Rules and regulations of the Bombay Veterinary College
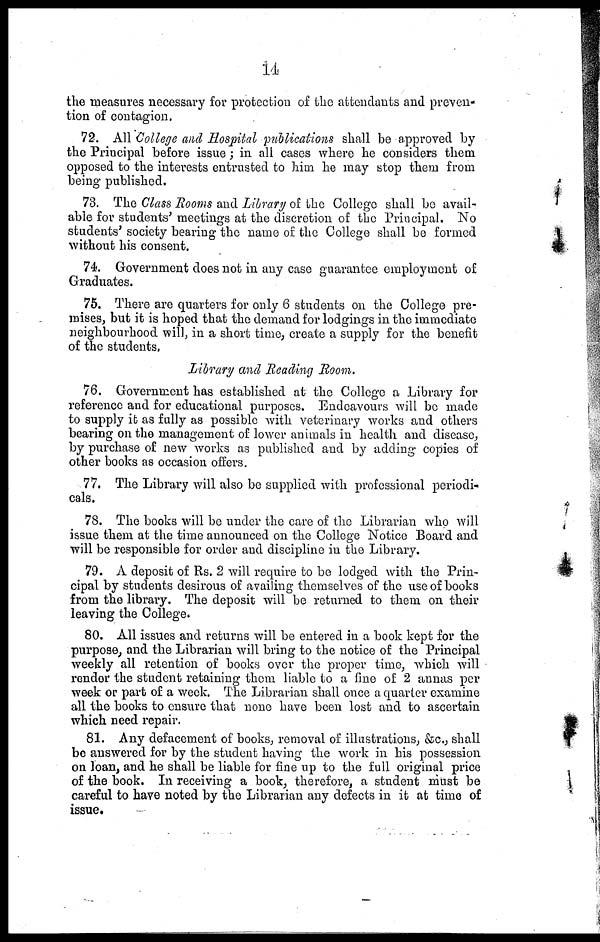
14
the measures necessary for protection of the attendants and preven-
tion of contagion.
72. All College and Hospital publications shall be approved by
the Principal before issue; in all cases where he considers them
opposed to the interests entrusted to him he may stop them from
being published.
73. The Class Rooms and Library of the College shall be avail-
able for students' meetings at the discretion of the Principal. No
students' society bearing the name of the College shall be formed
without his consent.
74. Government does not in any case guarantee employment of
Graduates.
75. There are quarters for only 6 students on the College pre-
mises, but it is hoped that the demand for lodgings in the immediate
neighbourhood will, in a short time, create a supply for the benefit
of the students.
Library and Reading Room.
76. Government has established at the College a Library for
reference and for educational purposes. Endeavours will be made
to supply it as fully as possible with veterinary works and others
bearing on the management of lower animals in health and disease.,
by purchase of new works as published and by adding copies of
other books as occasion offers.
77. The Library will also be supplied with professional periodi-
cals.
78. The books will be under the care of the Librarian who will
issue them at the time announced on the College Notice Board and
will be responsible for order and discipline in the Library.
79. A deposit of Rs. 2 will require to be lodged with the Prin-
cipal by students desirous of availing themselves of the use of books
from the library. The deposit will be returned to them on their
leaving the College.
80. All issues and returns will be entered in a book kept for the
purpose, and the Librarian will bring to the notice of the Principal
weekly all retention of books over the proper time, which will
render the student retaining them liable to a fine of 2 annas per
week or part of a week. The Librarian shall once a quarter examine
all the books to ensure that none have been lost and to ascertain
which need repair.
81. Any defacement of books, removal of illustrations, &c., shall
be answered for by the student having the work in his possession
on loan, and he shall be liable for fine up to the full original price
of the book. In receiving a book, therefore, a student must be
careful to have noted by the Librarian any defects in it at time of
issue.